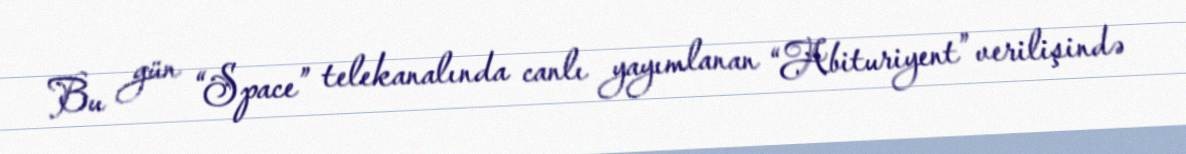
Bu gün “Space” telekanalında canlı yayımlanan “Abituriyent” verilişində